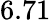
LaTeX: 6.71